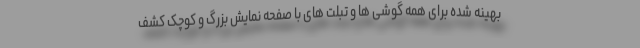
بهینه شده برای همه گوشی ها و تبلت های با صفحه نمایش بزرگ و کوچک کشف